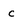
Character: c